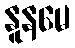
နူနမေ